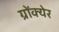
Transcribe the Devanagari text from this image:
ग्रोंक्येर